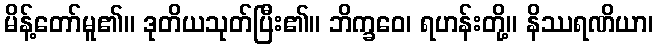
မိန့်တော်မူ၏။ ဒုတိယသုတ်ပြီး၏။ ဘိက္ခဝေ၊ ရဟန်းတို့။ နိဿရဏိယာ၊